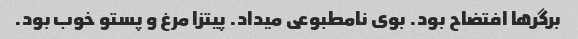
برگرها افتضاح بود. بوی نامطبوعی میداد. پیتزا مرغ و پستو خوب بود.